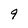
Character: 9